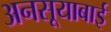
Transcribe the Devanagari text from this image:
अनसूयाबाई